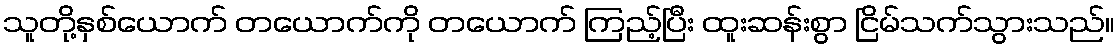
သူတို့နှစ်ယောက် တယောက်ကို တယောက် ကြည့်ပြီး ထူးဆန်းစွာ ငြိမ်သက်သွားသည်။